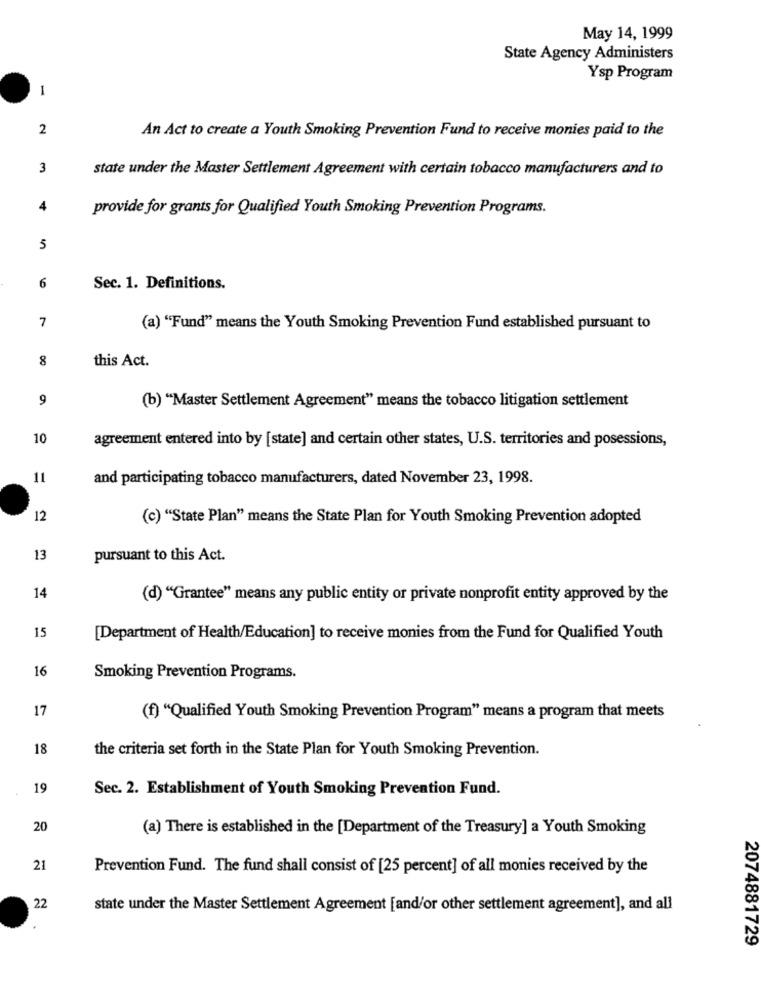
May 14, 1999
State Agency Administers
Ysp Program
I
2
An Act to create a Youth Smoking Prevention Fund to receive monies paid to the
3
state under the Master Settlement Agreement with certain tobacco manufacturers and to
4
provide for grants for Qualified Youth Smoking Prevention Programs.
5
6
Sec. 1. Definitions.
7
(a) "Fund" means the Youth Smoking Prevention Fund established pursuant to
8
this Act.
9
(b) "Master Settlement Agreement" means the tobacco litigation settlement
10
agreement entered into by [state] and certain other states, U.S. territories and posessions,
11
and participating tobacco manufacturers, dated November 23, 1998.
12
(c) "State Plan" means the State Plan for Youth Smoking Prevention adopted
13
pursuant to this Act.
14
(d) "Grantee" means any public entity or private nonprofit entity approved by the
15
[Department of Health/Education] to receive monies from the Fund for Qualified Youth
16
Smoking Prevention Programs.
17
(f) "Qualified Youth Smoking Prevention Program" means a program that meets
18
the criteria set forth in the State Plan for Youth Smoking Prevention.
19
Sec. 2. Establishment of Youth Smoking Prevention Fund.
20
(a) There is established in the [Department of the Treasury] a Youth Smoking
21
Prevention Fund. The fund shall consist of [25 percent] of all monies received by the
22
state under the Master Settlement Agreement [and/or other settlement agreement], and all
2074881729